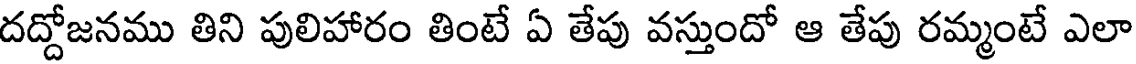
దద్దోజనము తిని పులిహారం తింటే ఏ తేపు వస్తుందో ఆ తేపు రమ్మంటే ఎలా